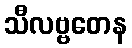
သီလဗ္ဗတေန